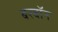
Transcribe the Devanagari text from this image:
बरबॉन